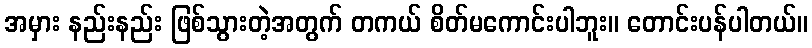
အမှား နည်းနည်း ဖြစ်သွားတဲ့အတွက် တကယ် စိတ်မကောင်းပါဘူး။ တောင်းပန်ပါတယ်။